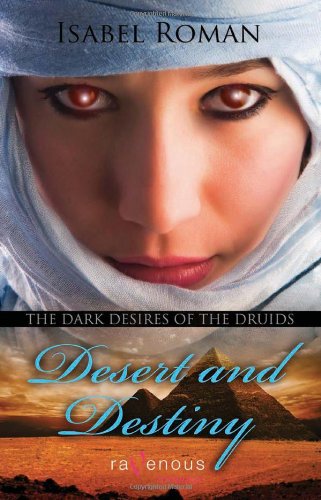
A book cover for Dark Desires of the Druids: Desert & Destiny: A Ravenous Romance (Ravenous Romances); Isabel Roman; Romance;